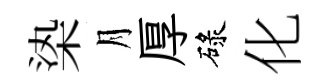
𣑱月厚碌化